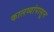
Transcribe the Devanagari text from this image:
कालव्यांपासून